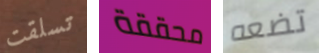
تسلقت محققة تضعه